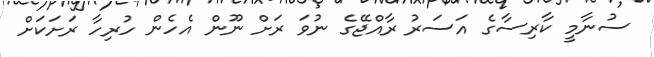
ސުނާމީ ކާރިސާގެ އަސަރު ރާއްޖޭގެ ނުވަ ރަށް ނޫން އެހެން ހުރިހާ ރަށަކަށް